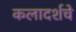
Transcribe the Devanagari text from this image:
कलादर्शचे